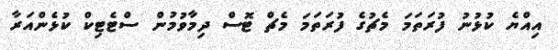
އިއްޔެ ކުޅުނު ފުރަތަމަ މެޗުގެ ފުރަތަމަ މެޗް ޓޮސް ދިމާވުމުން ސްޓެޓިކް ކުޅެންއަރާ